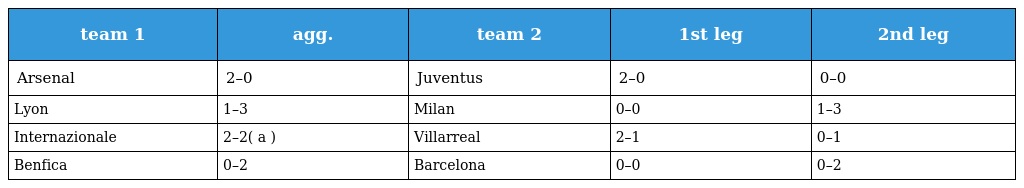
| team 1 | agg. | team 2 | 1st leg | 2nd leg |
 | --- | --- | --- | --- | --- |
 | Arsenal | 2–0 | Juventus | 2–0 | 0–0 |
 | Lyon | 1–3 | Milan | 0–0 | 1–3 |
 | Internazionale | 2–2( a ) | Villarreal | 2–1 | 0–1 |
 | Benfica | 0–2 | Barcelona | 0–0 | 0–2 |